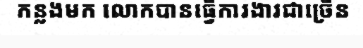
កន្លងមក លោកបានធ្វើការងារជាច្រើន